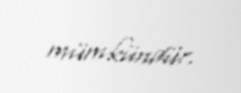
mümkündür.